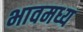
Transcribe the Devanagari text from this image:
भावमध्य